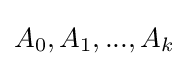
A_{0},A_{1},...,A_{k}